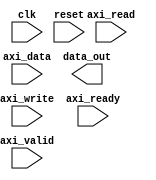
module AXI_controller (
    input wire clk,
    input wire reset,
    input wire axi_read,
    input wire axi_write,
    input wire axi_ready,
    input wire axi_valid,
    input wire [31:0] axi_data,
    output wire [31:0] data_out
);

    // Timing control and synchronization logic goes here

endmodule